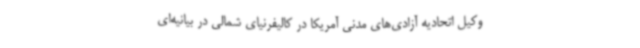
وکیل اتحادیه آزادی‌های مدنی آمریکا در کالیفرنیای شمالی در بیانیه‌ای